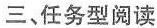
三、任务型阅读